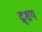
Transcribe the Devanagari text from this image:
द्र्शय